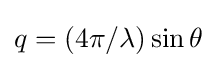
q=(4\pi /\lambda )\sin \theta